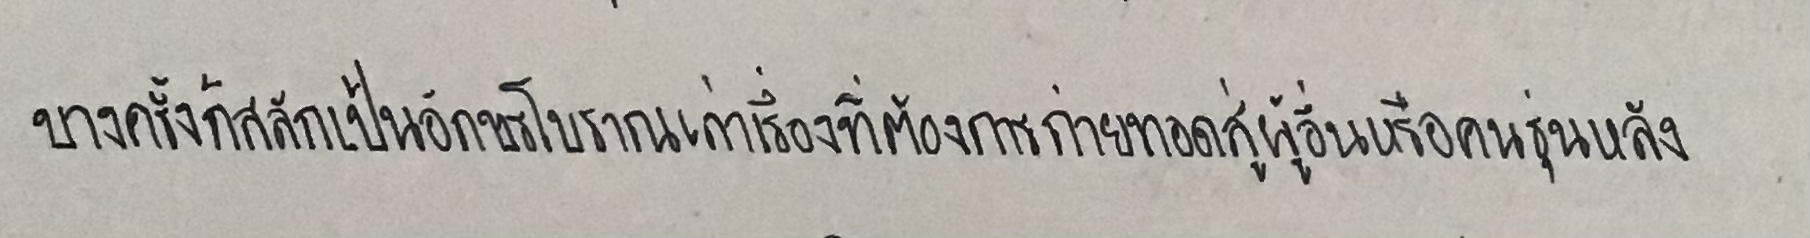
บางครั้งก็สลักเป็นอักษรโบราณเล่าเรื่องที่ต้องการถ่ายทอดสู่ผู้อื่นหรือคนรุ่นหลัง